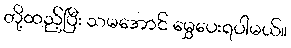
တို့ထည့်ပြီး သမအောင် မွှေပေးရပါမယ်။